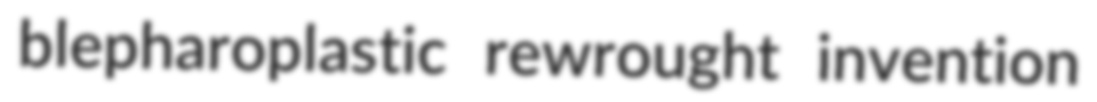
blepharoplastic rewrought invention